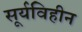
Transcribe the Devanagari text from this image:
सूर्यविहीन